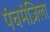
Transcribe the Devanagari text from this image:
पंचमंज़िला